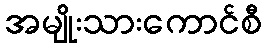
အမျိုးသားကောင်စီ